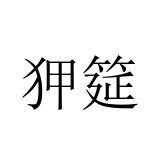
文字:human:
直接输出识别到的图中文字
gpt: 狎筵